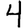
Digit: 4